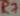
Text: R7